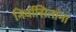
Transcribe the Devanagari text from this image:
निर्वासितांना